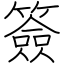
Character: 簽